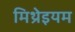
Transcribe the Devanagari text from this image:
मिथ्रेइयम